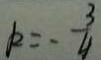
k = - \frac { 3 } { 4 }